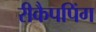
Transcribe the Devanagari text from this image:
रीकैपपिंग